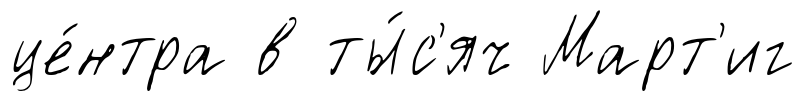
це́нтра в ты́с'яч Март'иг